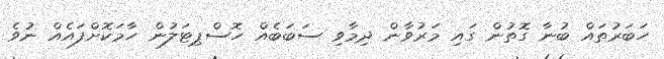
ހަބަރުތައް ބުނާ ގޮތުން ގައި މަރުވާން ދިމާވި ސަބަބެއް ހޮސްޕިޓަލުން ހާމަކޮށްފައެއް ނުވެ